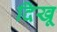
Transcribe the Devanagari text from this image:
दिखू